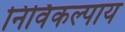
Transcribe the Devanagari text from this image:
निर्विकल्पाय